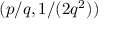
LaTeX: ( p / q , 1 / ( 2 q ^ { 2 } ) )